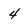
Character: 4